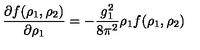
\frac { \partial f ( \rho _ { 1 } , \rho _ { 2 } ) } { \partial \rho _ { 1 } } = - \frac { g _ { 1 } ^ { 2 } } { 8 \pi ^ { 2 } } \rho _ { 1 } f ( \rho _ { 1 } , \rho _ { 2 } )